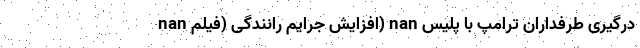
nan افزایش جرایم رانندگی (فیلم) nan درگیری طرفداران ترامپ با پلیس